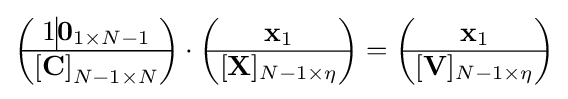
{\begin{pmatrix}1\vline \mathbf {0} _{1\times N-1}\\\hline \mathbf {[C]} _{N-1\times N}\end{pmatrix}}\cdot {\begin{pmatrix}\mathbf {x} _{1}\\\hline [\mathbf {X} ]_{N-1\times \eta }\end{pmatrix}}={\begin{pmatrix}\mathbf {x} _{1}\\\hline [\mathbf {V} ]_{N-1\times \eta }\end{pmatrix}}